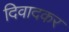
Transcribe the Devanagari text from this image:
दिवादकर